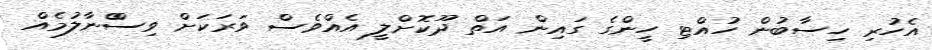
އެހުރި ހިސާބުން ހުއްޓި ހީންގެ ގައިން އަތް ދޫކޮށްލީ އެއްވެސް ވަރަކަށް ވިސްްނާލުމެއް